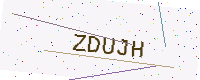
Text: ZDUJH